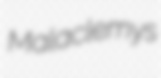
Malaclemys